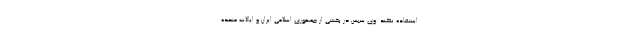
استفاده نکند. وی سپس در بخشی از جمهوری اسلامی ایران و ایالات متحده